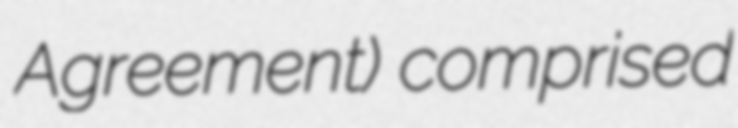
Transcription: Agreement) comprised